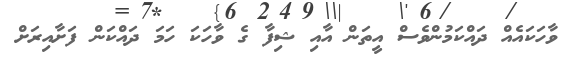
ވާހަކައެއް ދައްކަމުންވެސް އީތަން އާއި ޝިފާ ގެ ވާހަކަ ހަމަ ދައްކަން ފަށާއިރަށް